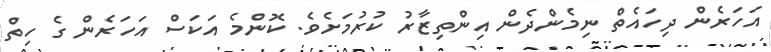
އަހަރެން ދިހައެތް ނިމެންދެން އިންތިޒާރު ކުރުމަށެވެ. ކޮންމެ އަކަސް އަހަރެން ގެ ހިތް